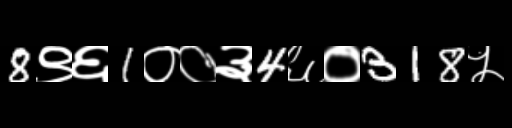
Text: 8९६1००३4६०318५